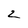
Character: 2